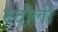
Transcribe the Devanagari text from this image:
रूदौली